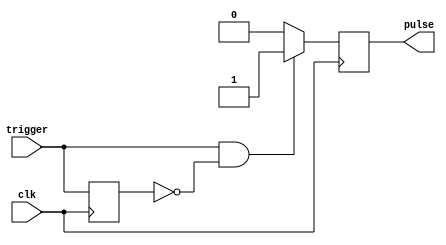
module one_shot_timer (
    input wire clk,
    input wire trigger,
    output reg pulse
);

parameter THRESHOLD = 100; // Set threshold for pulse duration

reg [7:0] count;
reg pulse_out_reg, trigger_reg;

always @(posedge clk) begin
    if (trigger && !trigger_reg) begin
        count <= 0;
        pulse_out_reg <= 1;
    end else if (count < THRESHOLD) begin
        count <= count + 1;
        pulse_out_reg <= 0;
    end else begin
        count <= 0;
        pulse_out_reg <= 0;
    end
    
    trigger_reg <= trigger;
end

assign pulse = pulse_out_reg;

endmodule